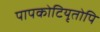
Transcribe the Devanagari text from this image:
पापकोटियृतोपि